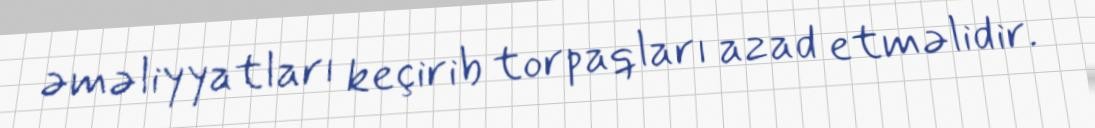
əməliyyatları keçirib torpaqları azad etməlidir.